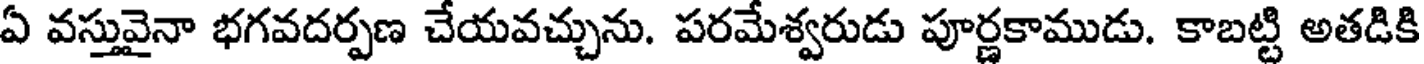
ఏ వస్తువైనా భగవదర్పణ చేయవచ్చును. పరమేశ్వరుడు పూర్ణకాముడు. కాబట్టి అతడికి